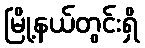
မြို့နယ်တွင်းရှိ